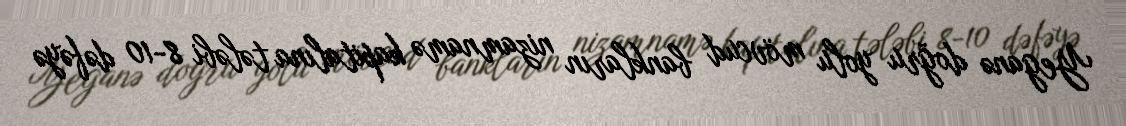
Yeganə doğru yolu mövcud bankların nizamnamə kapitalına tələbi 8-10 dəfəyə